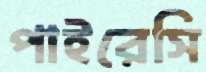
পাইরেসি